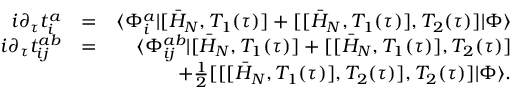
\begin{array} { r l r } { i \partial _ { \tau } t _ { i } ^ { a } } & { = } & { \langle \Phi _ { i } ^ { a } | [ \bar { H } _ { N } , T _ { 1 } ( \tau ) ] + [ [ \bar { H } _ { N } , T _ { 1 } ( \tau ) ] , T _ { 2 } ( \tau ) ] | \Phi \rangle } \\ { i \partial _ { \tau } t _ { i j } ^ { a b } } & { = } & { \langle \Phi _ { i j } ^ { a b } | [ \bar { H } _ { N } , T _ { 1 } ( \tau ) ] + [ [ \bar { H } _ { N } , T _ { 1 } ( \tau ) ] , T _ { 2 } ( \tau ) ] } \\ & { } & { + \frac { 1 } { 2 } [ [ [ \bar { H } _ { N } , T _ { 1 } ( \tau ) ] , T _ { 2 } ( \tau ) ] , T _ { 2 } ( \tau ) ] | \Phi \rangle . } \end{array}